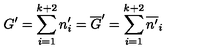
G ^ { \prime } = \sum _ { i = 1 } ^ { k + 2 } n _ { i } ^ { \prime } = \overline { { G } } ^ { \prime } = \sum _ { i = 1 } ^ { k + 2 } \overline { { n ^ { \prime } } } _ { i }